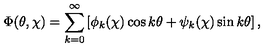
\Phi ( \theta , \chi ) = \sum _ { k = 0 } ^ { \infty } \left[ \phi _ { k } ( \chi ) \cos k \theta + \psi _ { k } ( \chi ) \sin k \theta \right] ,